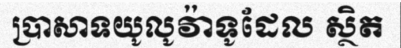
ប្រាសាទយូលូវ៉ាទូដែល ស្ថិត